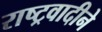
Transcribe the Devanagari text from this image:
राष्ट्रवादीने